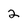
Character: 2